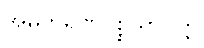
အဓိကရဏပစ္စယာပတ္တိ